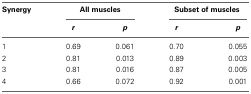
<table><thead><tr><td><b>Synergy</b></td><td colspan="2"><b>All muscles</b></td><td colspan="2"><b>Subset of muscles</b></td></tr><tr><td></td><td><b><i>r</i></b></td><td><b><i>p</i></b></td><td><b><i>r</i></b></td><td><b><i>p</i></b></td></tr></thead><tbody><tr><td>1</td><td>0.69</td><td>0.061</td><td>0.70</td><td>0.055</td></tr><tr><td>2</td><td>0.81</td><td>0.013</td><td>0.89</td><td>0.003</td></tr><tr><td>3</td><td>0.81</td><td>0.016</td><td>0.87</td><td>0.005</td></tr><tr><td>4</td><td>0.66</td><td>0.072</td><td>0.92</td><td>0.001</td></tr></tbody></table>